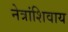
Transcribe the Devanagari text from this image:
नेत्रांशिवाय